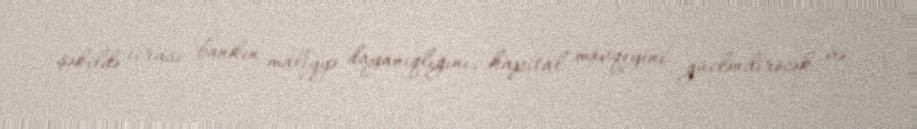
şəkildə icrası bankın maliyyə dayanıqlığını, kapital mövqeyini gücləndirəcək və